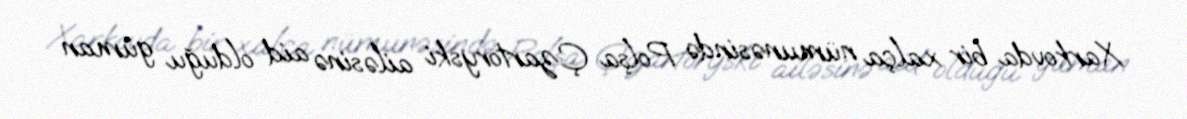
Xarkovda bir xalça nümunəsində Polşa Çzartoryski ailəsinə aid olduğu güman